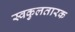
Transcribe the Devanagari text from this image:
स्वकुलतारक